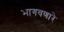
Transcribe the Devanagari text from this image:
भागवणारे